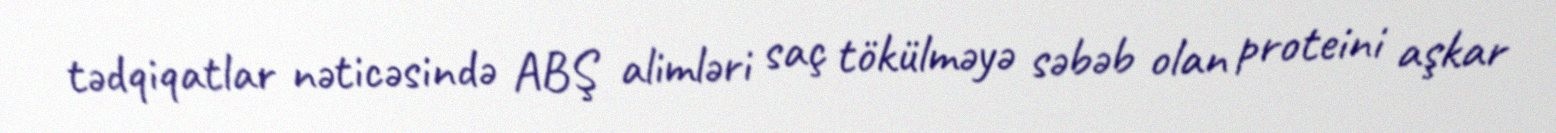
tədqiqatlar nəticəsində ABŞ alimləri saç tökülməyə səbəb olan proteini aşkar